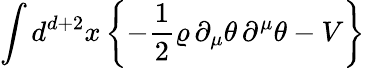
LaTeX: \int d^{d+2}x\left\{ -\frac{1}{2}\varrho\, \partial_{\mu}\theta\, \partial^{\mu}\theta-V\right\}